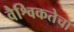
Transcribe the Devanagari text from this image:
वैश्विकतेचा